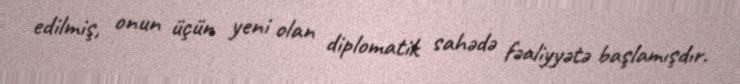
edilmiş, onun üçün yeni olan diplomatik sahədə fəaliyyətə başlamışdır.